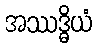
အဿဒ္ဓိယံ